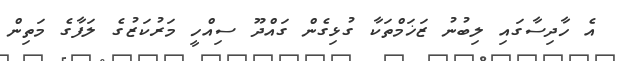
އެ ހާދިސާގައި ލިބުނު ޒަޚަމްތަކާ ގުޅިގެން ގައްދޫ ސިއްހީ މަރުކަޒުގެ ލަފާގެ މަތިން